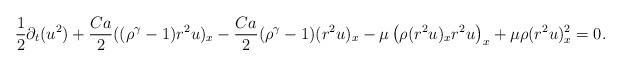
LaTeX: \begin{align*}\frac{1}{2}\partial_t(u^2)+\frac{Ca}{2}((\rho^\gamma-1) r^2u)_x-\frac{Ca}{2}(\rho^\gamma-1)(r^2u)_x-\mu\left(\rho(r^2u)_xr^2u\right)_x+\mu\rho(r^2u)_x^2=0.\end{align*}